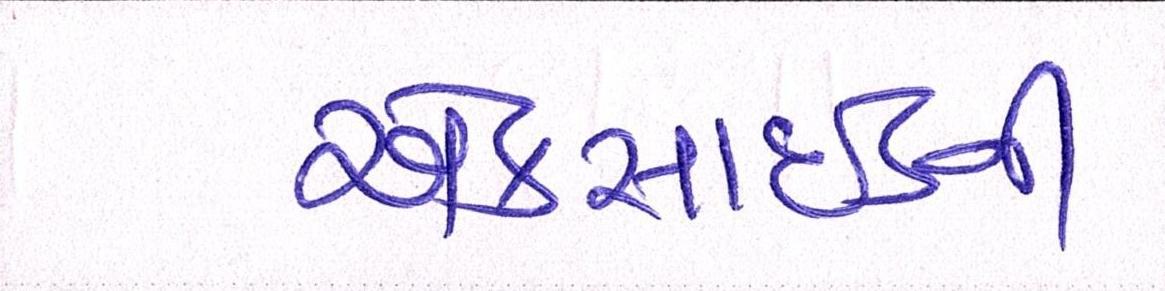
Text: એક્સાઇડની